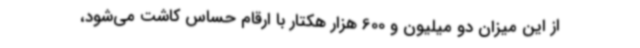
از این میزان دو میلیون و 600 هزار هکتار با ارقام حساس کاشت می‌شود،